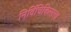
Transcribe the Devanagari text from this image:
निर्विचिकित्सत्त्व